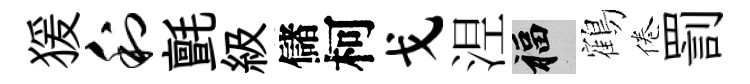
猨利氈級儲柯戈𣵀福鶴倦罰